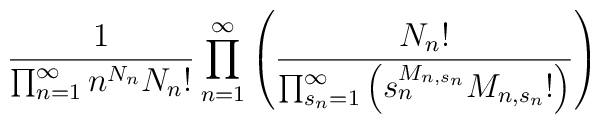
\frac{1}{ \prod_{n=1}^\infty n^{N_n}N_n!}\prod_{n=1}^\infty \left(\frac{N_n!}{\prod_{s_n=1}^\infty \left(s_n^{M_{n,s_n}}M_{n,s_n}!\right)}\right)